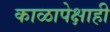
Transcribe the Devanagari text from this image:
काळापेक्षाही